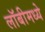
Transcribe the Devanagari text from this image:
लॉबीमध्ये